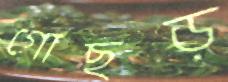
গোছড়